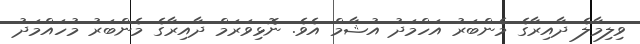
ވިލިމާލެ ދާއިރާގެ މެންބަރު އަހްމަދު އުޝާމް އެވެ. ނޮޅިވަރަމް ދާއިރާގެ މެންބަރު މުހައްމަދު